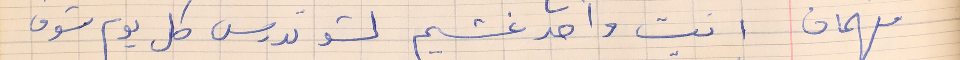
فهمان    انت واحد غشيم لشو تدرس كل يوم شوف